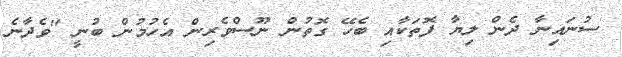
ސުނައިނާ ދެން ލިޔާ ފޮތަކާއި ބެހޭ ގޮތުން ނޫސްވެރިން އެހުމުން ބުނީ ''ވެދާނެ